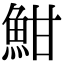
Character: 魽